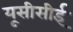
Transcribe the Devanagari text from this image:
यूसीसीई